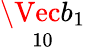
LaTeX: \underset{10}{\Vec{b}_{1}}